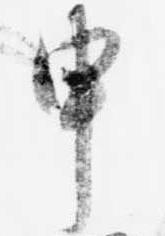
申